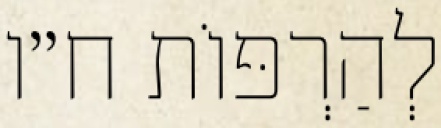
לְהַרְפּוֹת ח״ו